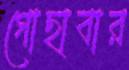
গোছাবার